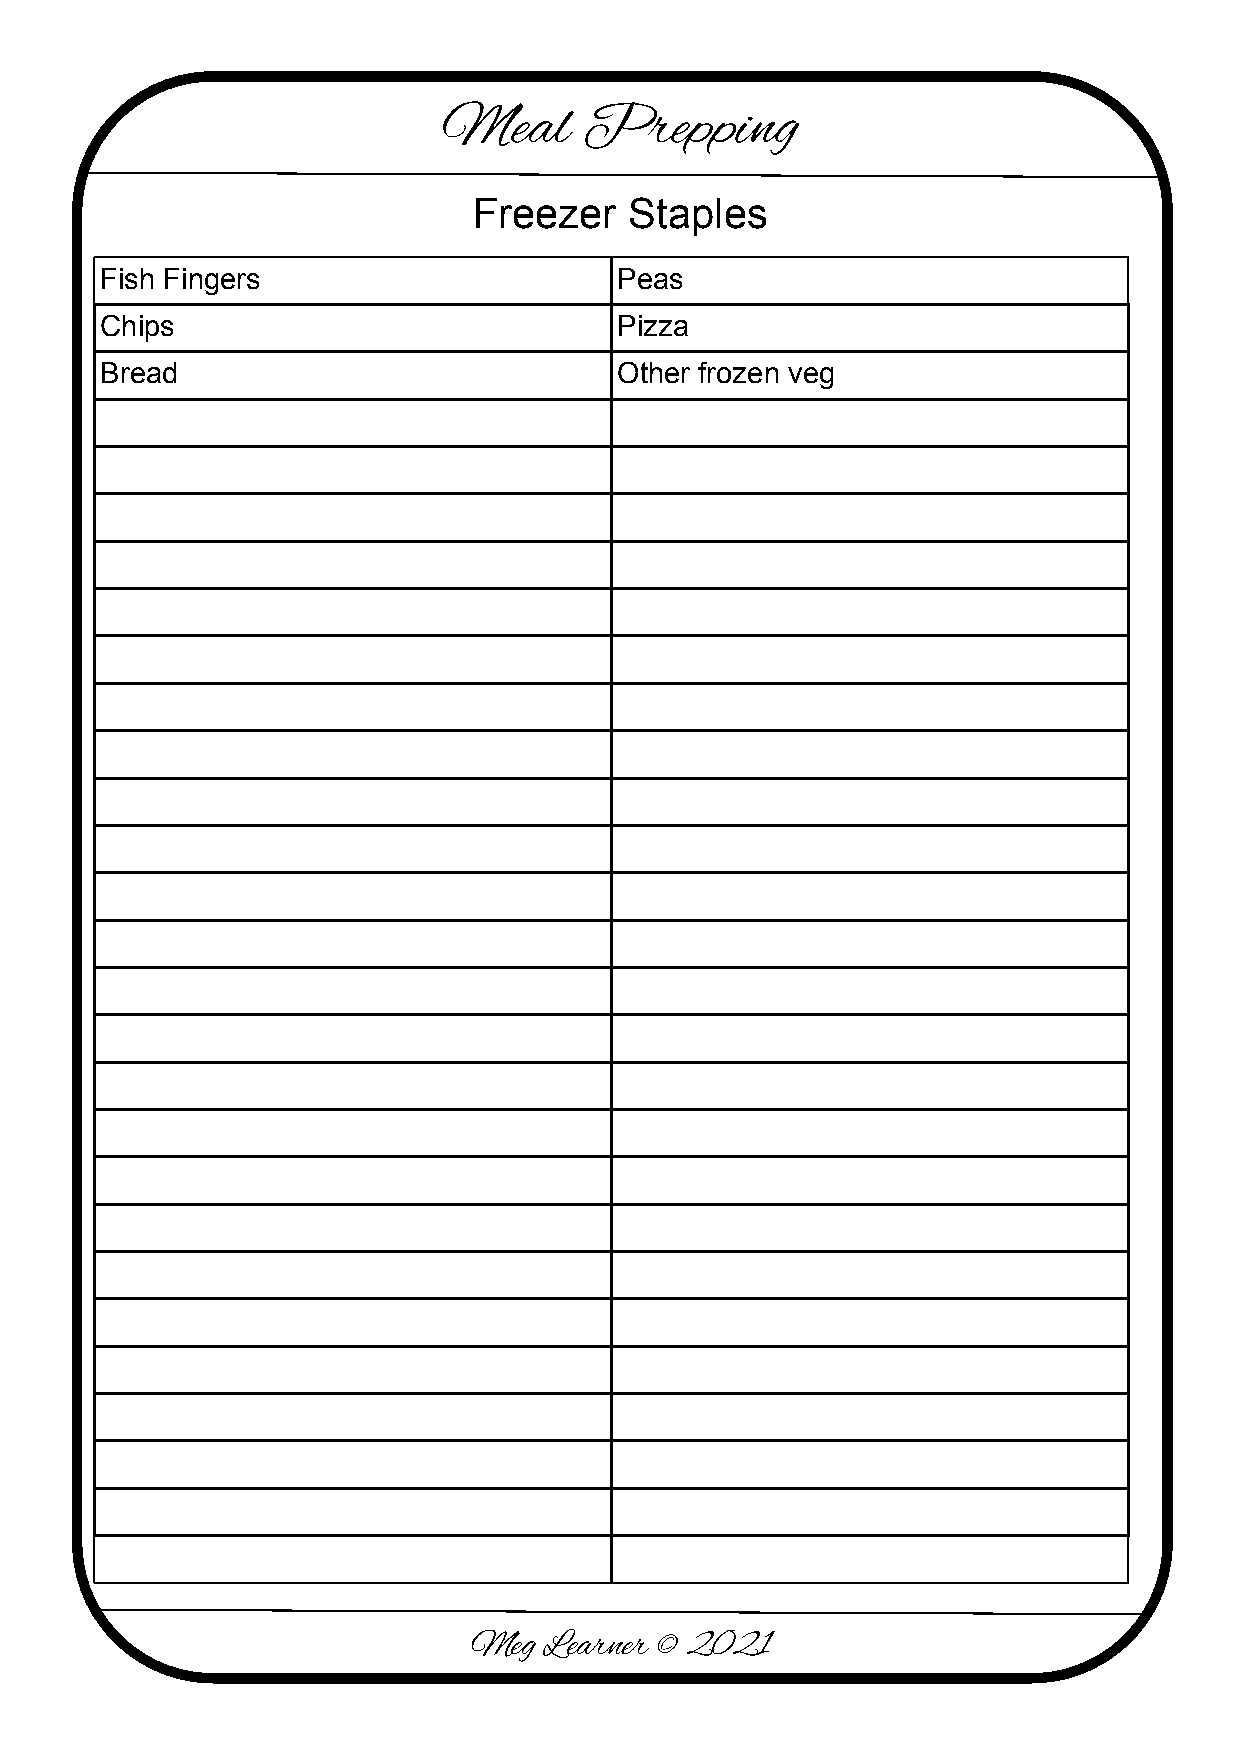
Meal      Prepping
 Freezer    Staples
 Fish Fingers                      Peas
 Chips                             Pizza
 Bread                             Other frozen veg
 Meg  Learner © 2021